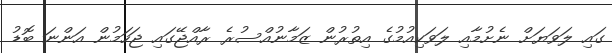
ގައި ލަވަޔަށް ނެށުމާއި ލަވަކިއުމުގެ އިތުރުން ޒަމާނުއްސުރެ ރާއްޖޭގައި ޖަހަމުން އަންނަ ބޮޑު